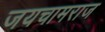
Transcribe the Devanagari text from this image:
जयचामराज